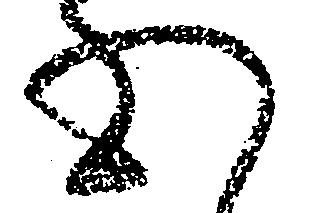
心